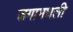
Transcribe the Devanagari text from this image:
जगामधली